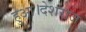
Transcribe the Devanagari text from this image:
हुआ।देशराज